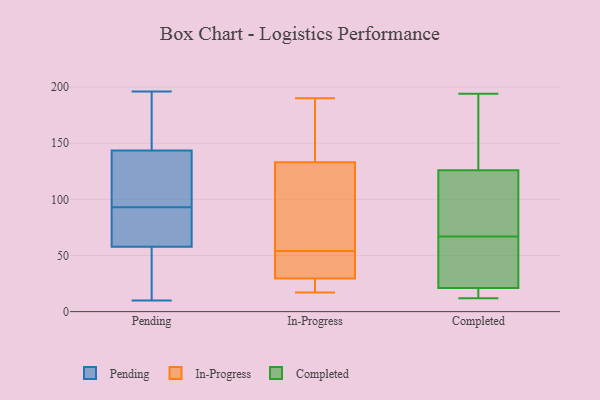
{"axis": {"x": "Demand Index", "y": "Value"}, "legend": ["Completed", "In-Progress", "Pending"], "data": [{"x": "", "y": 93, "type": "Pending"}, {"x": "", "y": 136, "type": "Pending"}, {"x": "", "y": 70, "type": "Pending"}, {"x": "", "y": 166, "type": "Pending"}, {"x": "", "y": 196, "type": "Pending"}, {"x": "", "y": 10, "type": "Pending"}, {"x": "", "y": 10, "type": "Pending"}, {"x": "", "y": 78, "type": "Pending"}, {"x": "", "y": 143, "type": "Pending"}, {"x": "", "y": 138, "type": "Pending"}, {"x": "", "y": 21, "type": "Pending"}, {"x": "", "y": 145, "type": "Pending"}, {"x": "", "y": 87, "type": "Pending"}, {"x": "", "y": 32, "type": "In-Progress"}, {"x": "", "y": 25, "type": "In-Progress"}, {"x": "", "y": 51, "type": "In-Progress"}, {"x": "", "y": 117, "type": "In-Progress"}, {"x": "", "y": 149, "type": "In-Progress"}, {"x": "", "y": 112, "type": "In-Progress"}, {"x": "", "y": 154, "type": "In-Progress"}, {"x": "", "y": 190, "type": "In-Progress"}, {"x": "", "y": 41, "type": "In-Progress"}, {"x": "", "y": 27, "type": "In-Progress"}, {"x": "", "y": 17, "type": "In-Progress"}, {"x": "", "y": 57, "type": "In-Progress"}, {"x": "", "y": 67, "type": "Completed"}, {"x": "", "y": 17, "type": "Completed"}, {"x": "", "y": 12, "type": "Completed"}, {"x": "", "y": 100, "type": "Completed"}, {"x": "", "y": 61, "type": "Completed"}, {"x": "", "y": 43, "type": "Completed"}, {"x": "", "y": 92, "type": "Completed"}, {"x": "", "y": 120, "type": "Completed"}, {"x": "", "y": 155, "type": "Completed"}, {"x": "", "y": 14, "type": "Completed"}, {"x": "", "y": 129, "type": "Completed"}, {"x": "", "y": 16, "type": "Completed"}, {"x": "", "y": 128, "type": "Completed"}, {"x": "", "y": 141, "type": "Completed"}, {"x": "", "y": 46, "type": "Completed"}, {"x": "", "y": 17, "type": "Completed"}, {"x": "", "y": 90, "type": "Completed"}, {"x": "", "y": 194, "type": "Completed"}, {"x": "", "y": 33, "type": "Completed"}]}